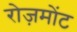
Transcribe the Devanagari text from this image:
रोज़मोंट